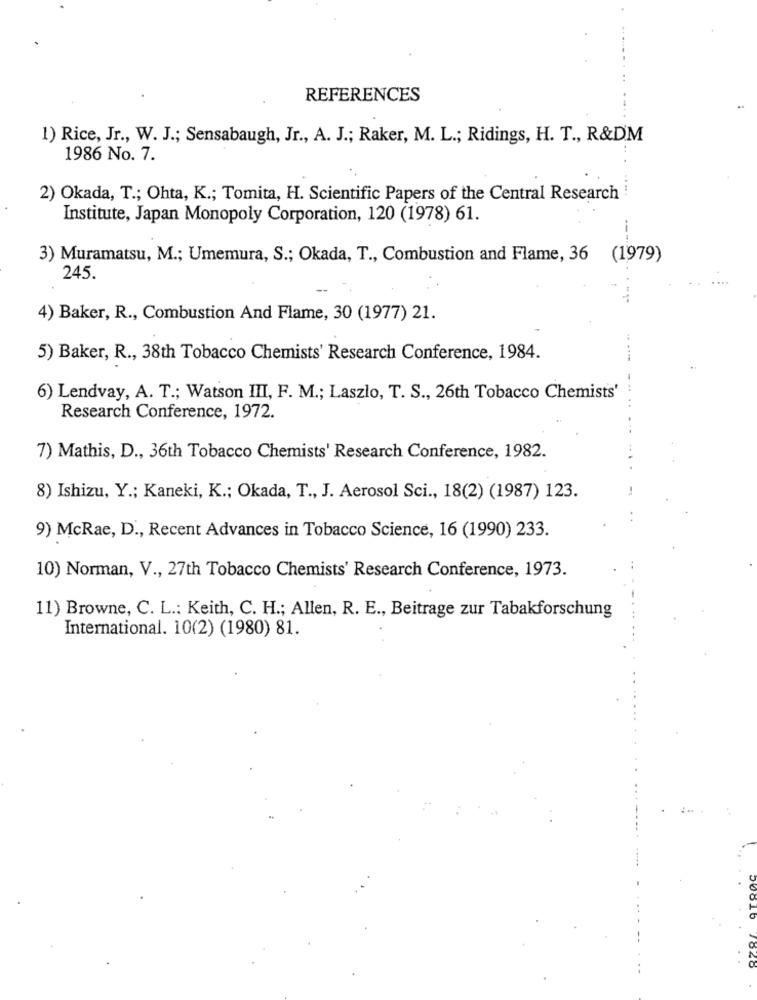
REFERENCES
1) Rice, Jr ., W. J .; Sensabaugh, Jr ., A. J .; Raker, M. L .; Ridings, H. T ., R&DM
1986 No. 7.
2) Okada, T .; Ohta, K .; Tomita, H. Scientific Papers of the Central Research
Institute, Japan Monopoly Corporation, 120 (1978) 61.
3) Muramatsu, M .; Umemura, S .; Okada, T ., Combustion and Flame, 36 (1979)
245.
4) Baker, R ., Combustion And Flame, 30 (1977) 21.
5) Baker, R ., 38th Tobacco Chemists' Research Conference, 1984.
6) Lendvay, A. T .; Watson III, F. M .; Laszlo, T. S ., 26th Tobacco Chemists'
Research Conference, 1972.
7) Mathis, D ., 36th Tobacco Chemists' Research Conference, 1982.
8) Ishizu, Y .; Kaneki, K .; Okada, T ., J. Aerosol Sci ., 18(2) (1987) 123.
9) McRae, D ., Recent Advances in Tobacco Science, 16 (1990) 233.
10) Norman, V ., 27th Tobacco Chemists' Research Conference, 1973.
11) Browne, C. L .: Keith, C. H .; Allen, R. E ., Beitrage zur Tabakforschung
International. 10(2) (1980) 81.